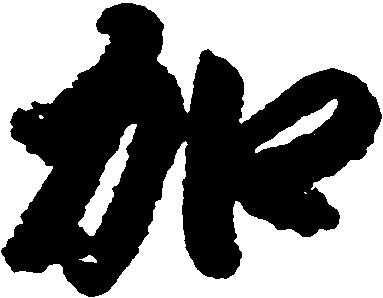
加